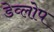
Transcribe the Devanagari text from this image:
डेव्लोप